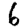
Digit: 6